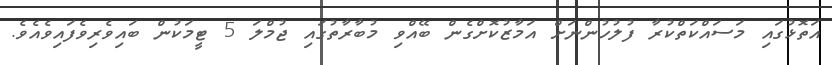
އަތޮޅުގައި މަސައްކަތްކުރާ ފުލުހުންނަށް އަމާޒުކޮށްގެން ބޭއްވި މުބާރާތުގައި ޖުމްލަ 5 ޓީމަކުން ބައިވެރިވެފައިވެއެވެ.